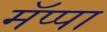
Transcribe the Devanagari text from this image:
मॅप्पा